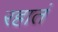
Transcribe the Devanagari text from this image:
रहातं